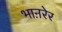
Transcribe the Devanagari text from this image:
भाऩरेर